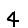
Digit: 4